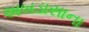
અબડાસાના